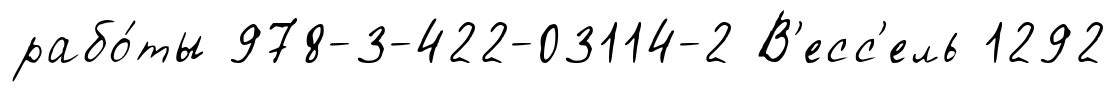
рабо́ты 978-3-422-03114-2 В'есс'ель 1292